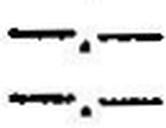
—.—